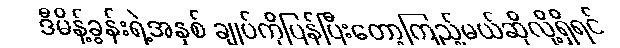
ဒီမိန့်ခွန်းရဲ့အနှစ် ချုပ်ကိုပြန်ပြီးတော့ကြည့်မယ်ဆိုလို့ရှိရင်